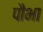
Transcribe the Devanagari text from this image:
पौभा